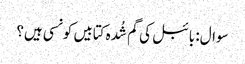
سوال: بائبل کی گم شُدہ کتابیں کونسی ہیں؟